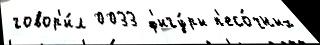
говор'и́л 0033 ф'игу́ры п'есо́чных